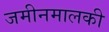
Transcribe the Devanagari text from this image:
जमीनमालकी